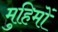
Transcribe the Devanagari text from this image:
मुहिमों